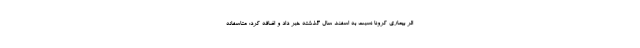
اثر بیماری کرونا نسبت به اسفند سال گذشته خبر داد و اضافه کرد: متاسفانه